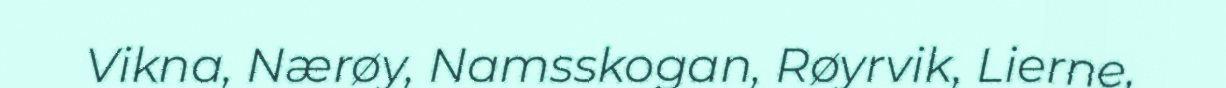
Vikna, Nærøy, Namsskogan, Røyrvik, Lierne,